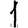
Digit: 1